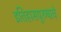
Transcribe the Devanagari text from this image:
इतिहासपुरुषाचे